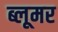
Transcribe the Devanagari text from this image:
ब्लूमर